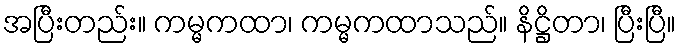
အပြီးတည်း။ ကမ္မကထာ၊ ကမ္မကထာသည်။ နိဋ္ဌိတာ၊ ပြီးပြီ။